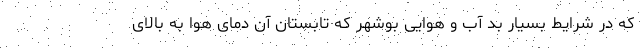
که در شرایط بسیار بد آب و هوایی بوشهر که تابستان آن دمای هوا به بالای